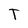
Character: T